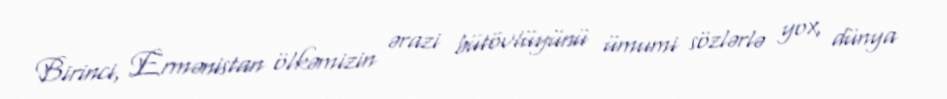
Birinci, Ermənistan ölkəmizin ərazi bütövlüyünü ümumi sözlərlə yox, dünya